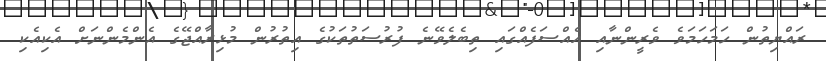
ރައްޔިތުން ހަމަހަމަވެ ވެރީންނާއި އެއްސަފެއްގައި ތިބެލެވޭނެ ފުރުސަތުތަކުގެ އިތުރުން މުޅިރާއްޖޭގެ އެންމެންނަށް އެކިއެކި